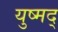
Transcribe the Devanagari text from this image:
युष्मद्